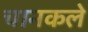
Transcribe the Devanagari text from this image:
चानकले